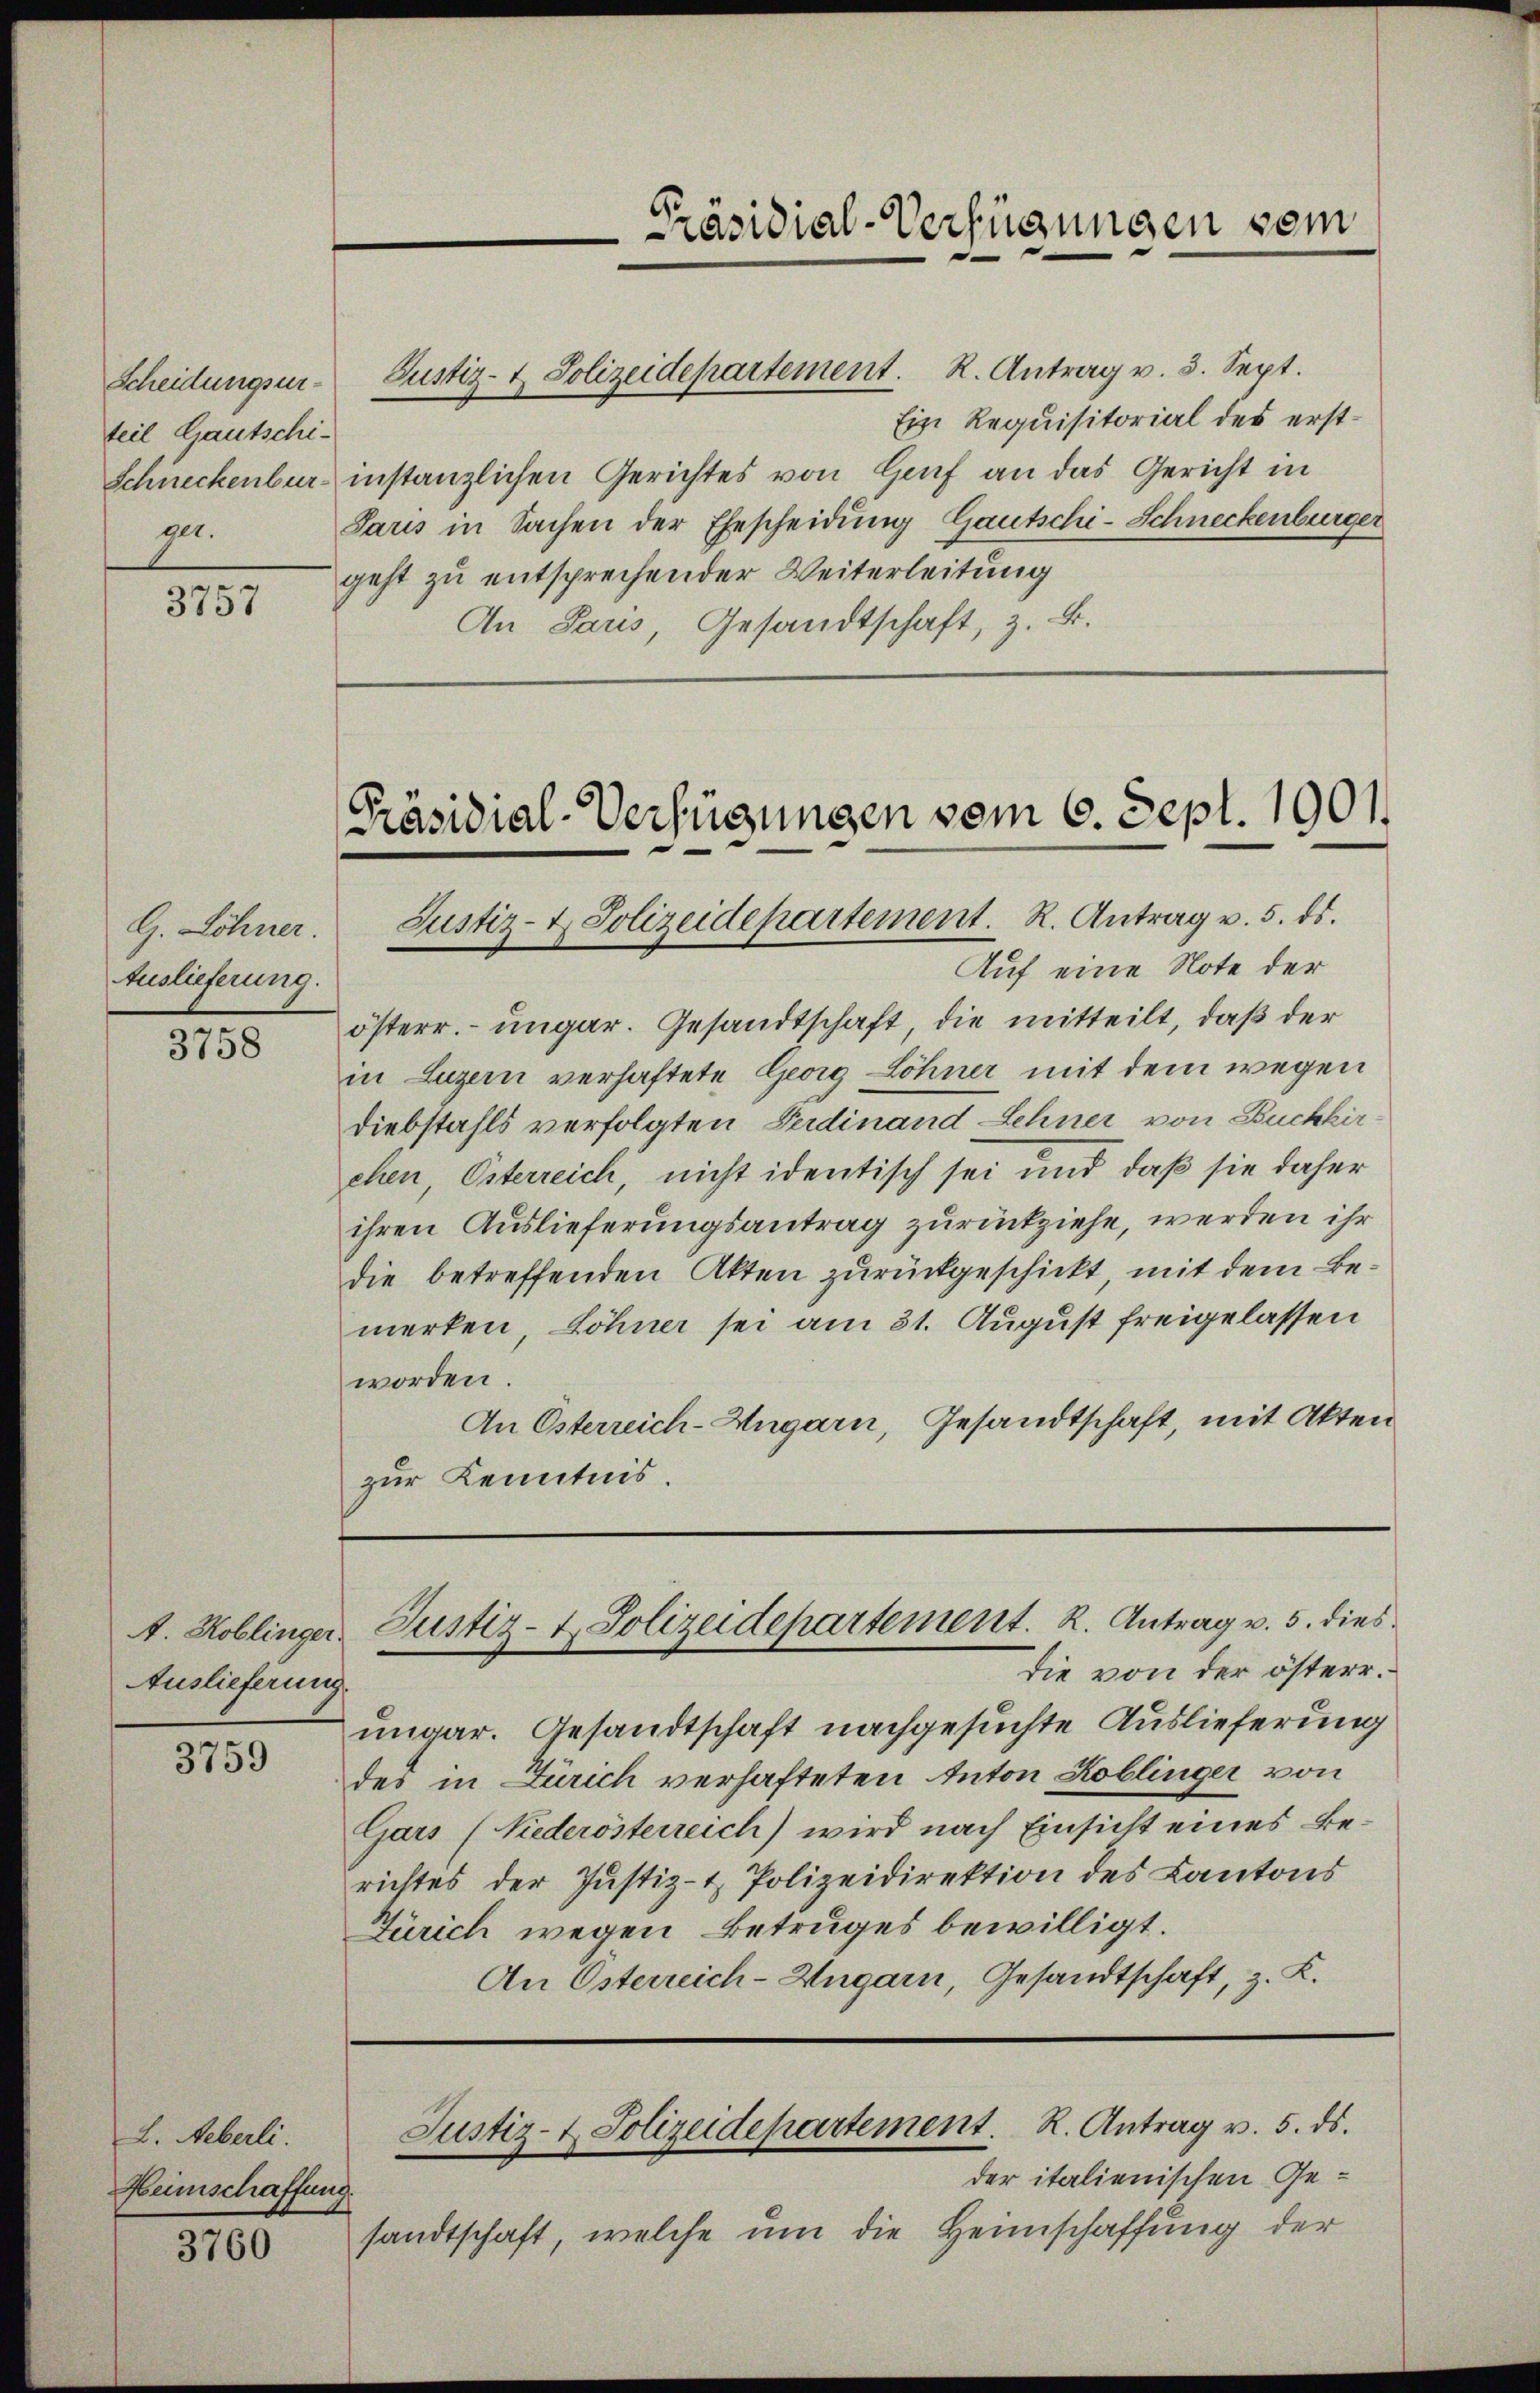
teil Gautschi-
ge.

3757

G. Söhner.
Auslieferung.

3758

Auslieferung.

3759

L. Aeberli.
Heimschaffung.

3760

Scheidungser- Justiz- & Polizeidepartement. R. Antrag v. 3. Sept.
Ein Requisitorial des erst¬
Schneckenbur instanzlichen Gerichtes von Genf an das Gericht in
Saris in Sachen der Ehescheidung Gautschi-Schneckenburger
geht zu entsprechender Weiterleitung
An Paris, Gesandtschaft, z. B.

Auf eine Note der
österr. ungar. Gesandtschaft die mitteilt, daß der
in Luzern verhaftete Georg Löhner mit dem wegen
Diebstahls verfolgten Verdinand Lehner von Buchkir
ehen, Österreich, nicht identisch sei und daß sie daher
ihren Auslieferungsantrag zurückziehe, werden ihr
die betreffenden Akten zurückgeschickt mit dem Bemerken, Löhner sei am 31. August freigelassen
worden.
An Österreich-Ungarn, Gesandtschaft, mit Akten
zur Kenntnis.

die von der österr.
ungar. Gesandtschaft nachgesuchte Auslieferung
des in Zürich verhafteten Anton Koblinger von
Gars (Niederösterreich) wird nach Einsicht eines Berichtes der Justiz- & Polizeidirektion des Kantons
Zürich wegen Betruges bewilligt.
An Österreich-Ungarn, Gesandtschaft, z. K.

Präsidial-Verfügungen vom 6. Sept. 1901.
Justiz- & Polizeidepartement. R. Antrag v. 5. ds.

Präsidial-Verfügungen vom

A. Koblinger Justiz- & Polizeidepartement. R. Antrag v. 5. dies

der italienischen Gesandtschaft, welche um die Heimschaffung der

Justiz- & Polizeidepartement. R. Antrag v. 5. ds.